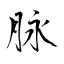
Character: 脉